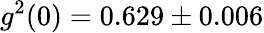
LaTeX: g^{2}(0)=0.629\pm 0.006